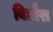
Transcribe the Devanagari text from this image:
बिछौरा